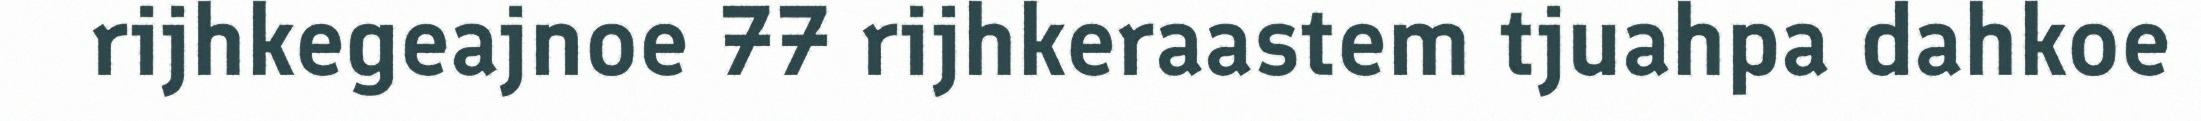
rijhkegeajnoe 77 rijhkeraastem tjuahpa dahkoe